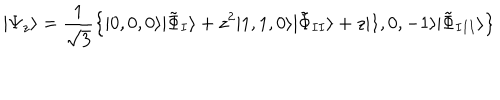
LaTeX: | \Psi _ { z } \rangle = \frac { 1 } { \sqrt { 3 } } \left\{ | 0 , 0 , 0 \rangle | \tilde { \Phi } _ { I } \rangle + z ^ { 2 } | 1 , 1 , 0 \rangle | \tilde { \Phi } _ { I I } \rangle + z | 1 , 0 , - 1 \rangle | \tilde { \Phi } _ { I I I } \rangle \right\}